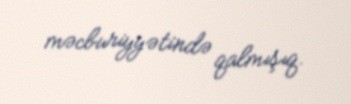
məcburiyyətində qalmışıq.